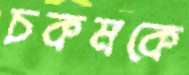
চকমকে